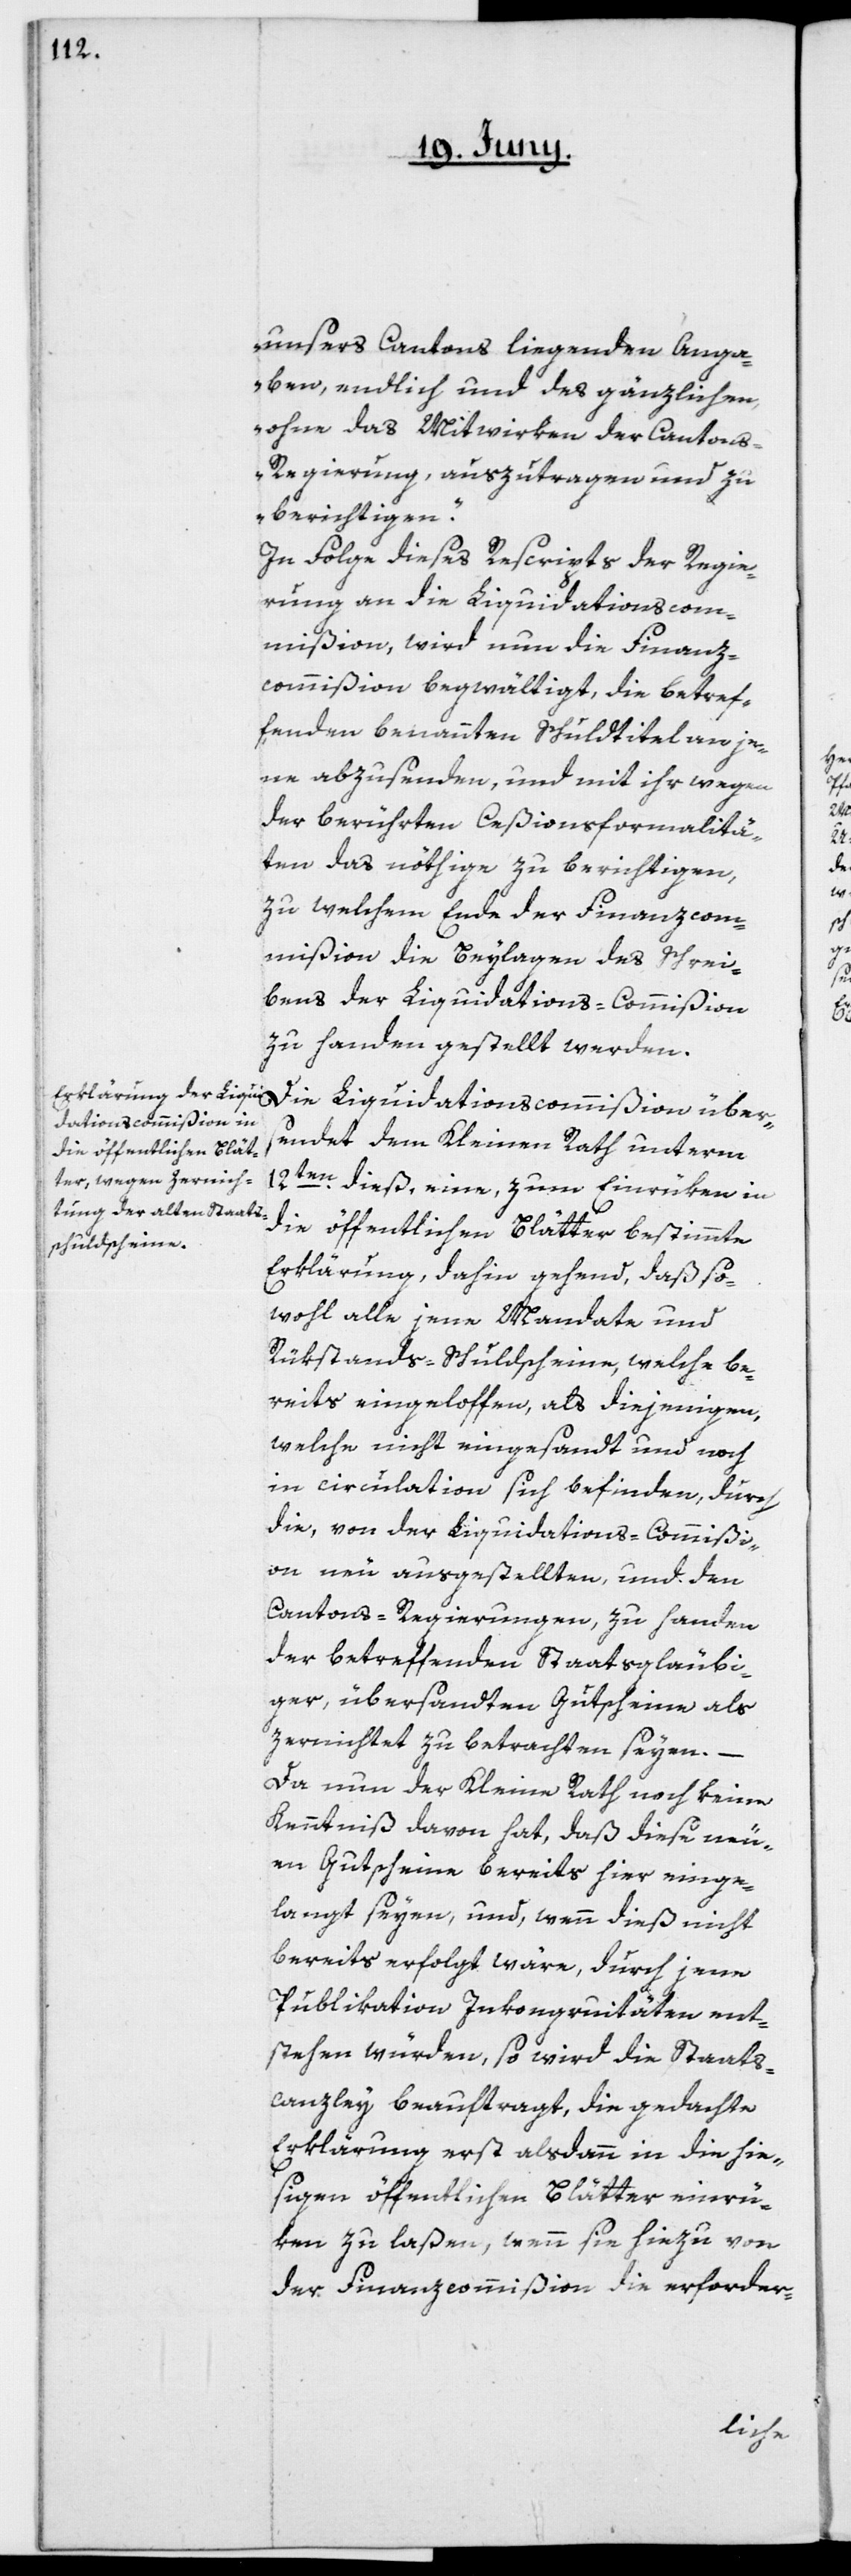
unsers Cantons liegenden Anga¬
ben, endlich und des Gänzlichen,
ohne das Mitwirken der Cantons-R¬
egierung, auszutragen und zu
berichtigen.“
In Folge dieses Rescripts der Regie¬
rung an die Liquidationscom¬
mißion, wird nun die Finanz¬
commißion begwältigt, die betref¬
fenden benannten Schuldtitel an je¬
ne abzusenden, und mit ihr wegen
der berührten Ceßionsformalitä¬
ten das nöthige zu berichtigen,
zu welchem Ende der Finanzcom¬
mißion die Beylagen des Schrei¬
bens der Liquidations-Commißion
zu Handen gestellt werden.
Die Liquidationscommißion über¬
sendet dem Kleinen Rath unterm
12ten dieß, eine, zum Einrüken in
die öffentlichen Blätter bestimmte
Erklärung, dahin gehend, daß so¬
wohl alle jene Mandate und
Rükstands-Schuldscheine, welche be¬
reits eingeloffen, als diejenigen,
welche nicht eingesandt und noch
in circulation [sic!] sich befinden, durch
die, von der Liquidations-Commißi¬
on neu ausgestellten, und den
Cantons-Regierungen zu Handen
der betreffenden Staatsgläubi¬
ger, übersandten Gutscheine als
zernichtet zu betrachten seyen. –
Da nun der Kleine Rath noch keine
Kenntniß davon hat, daß diese neu¬
en Gutscheine bereits hier einge¬
langt seyen, und, wenn dieß nicht
bereits erfolgt wäre, durch jene
Publikation Inkongruitäten ent¬
stehen würden, so wird die Staats¬
canzley beauftragt, die gedachte
Erklärung erst alsdann in die hie¬
sigen öffentlichen Blätter einrü¬
ken zu laßen, wenn sie hiezu von
der Finanzcommißion die erforder-